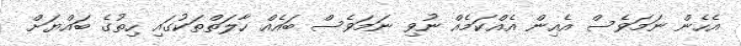
އެހެން ނަމަވެސް އެއިން އެއްކަމެއް ނުވި ނަމަވެސް ބައެެއް ހާލަތްތަކުގައި ހިތުގެ ބައްޔަށް